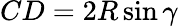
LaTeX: CD=2R\sin\gamma